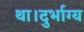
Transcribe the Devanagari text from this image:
था।दुर्भाग्य